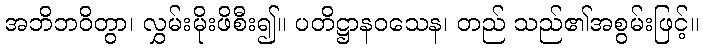
အဘိဘဝိတွာ၊ လွှမ်းမိုးဖိစီး၍။ ပတိဋ္ဌာနဝသေန၊ တည် သည်၏အစွမ်းဖြင့်။